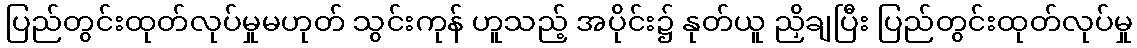
ပြည်တွင်းထုတ်လုပ်မှုမဟုတ် သွင်းကုန် ဟူသည့် အပိုင်း၌ နုတ်ယူ ညှိချပြီး ပြည်တွင်းထုတ်လုပ်မှု